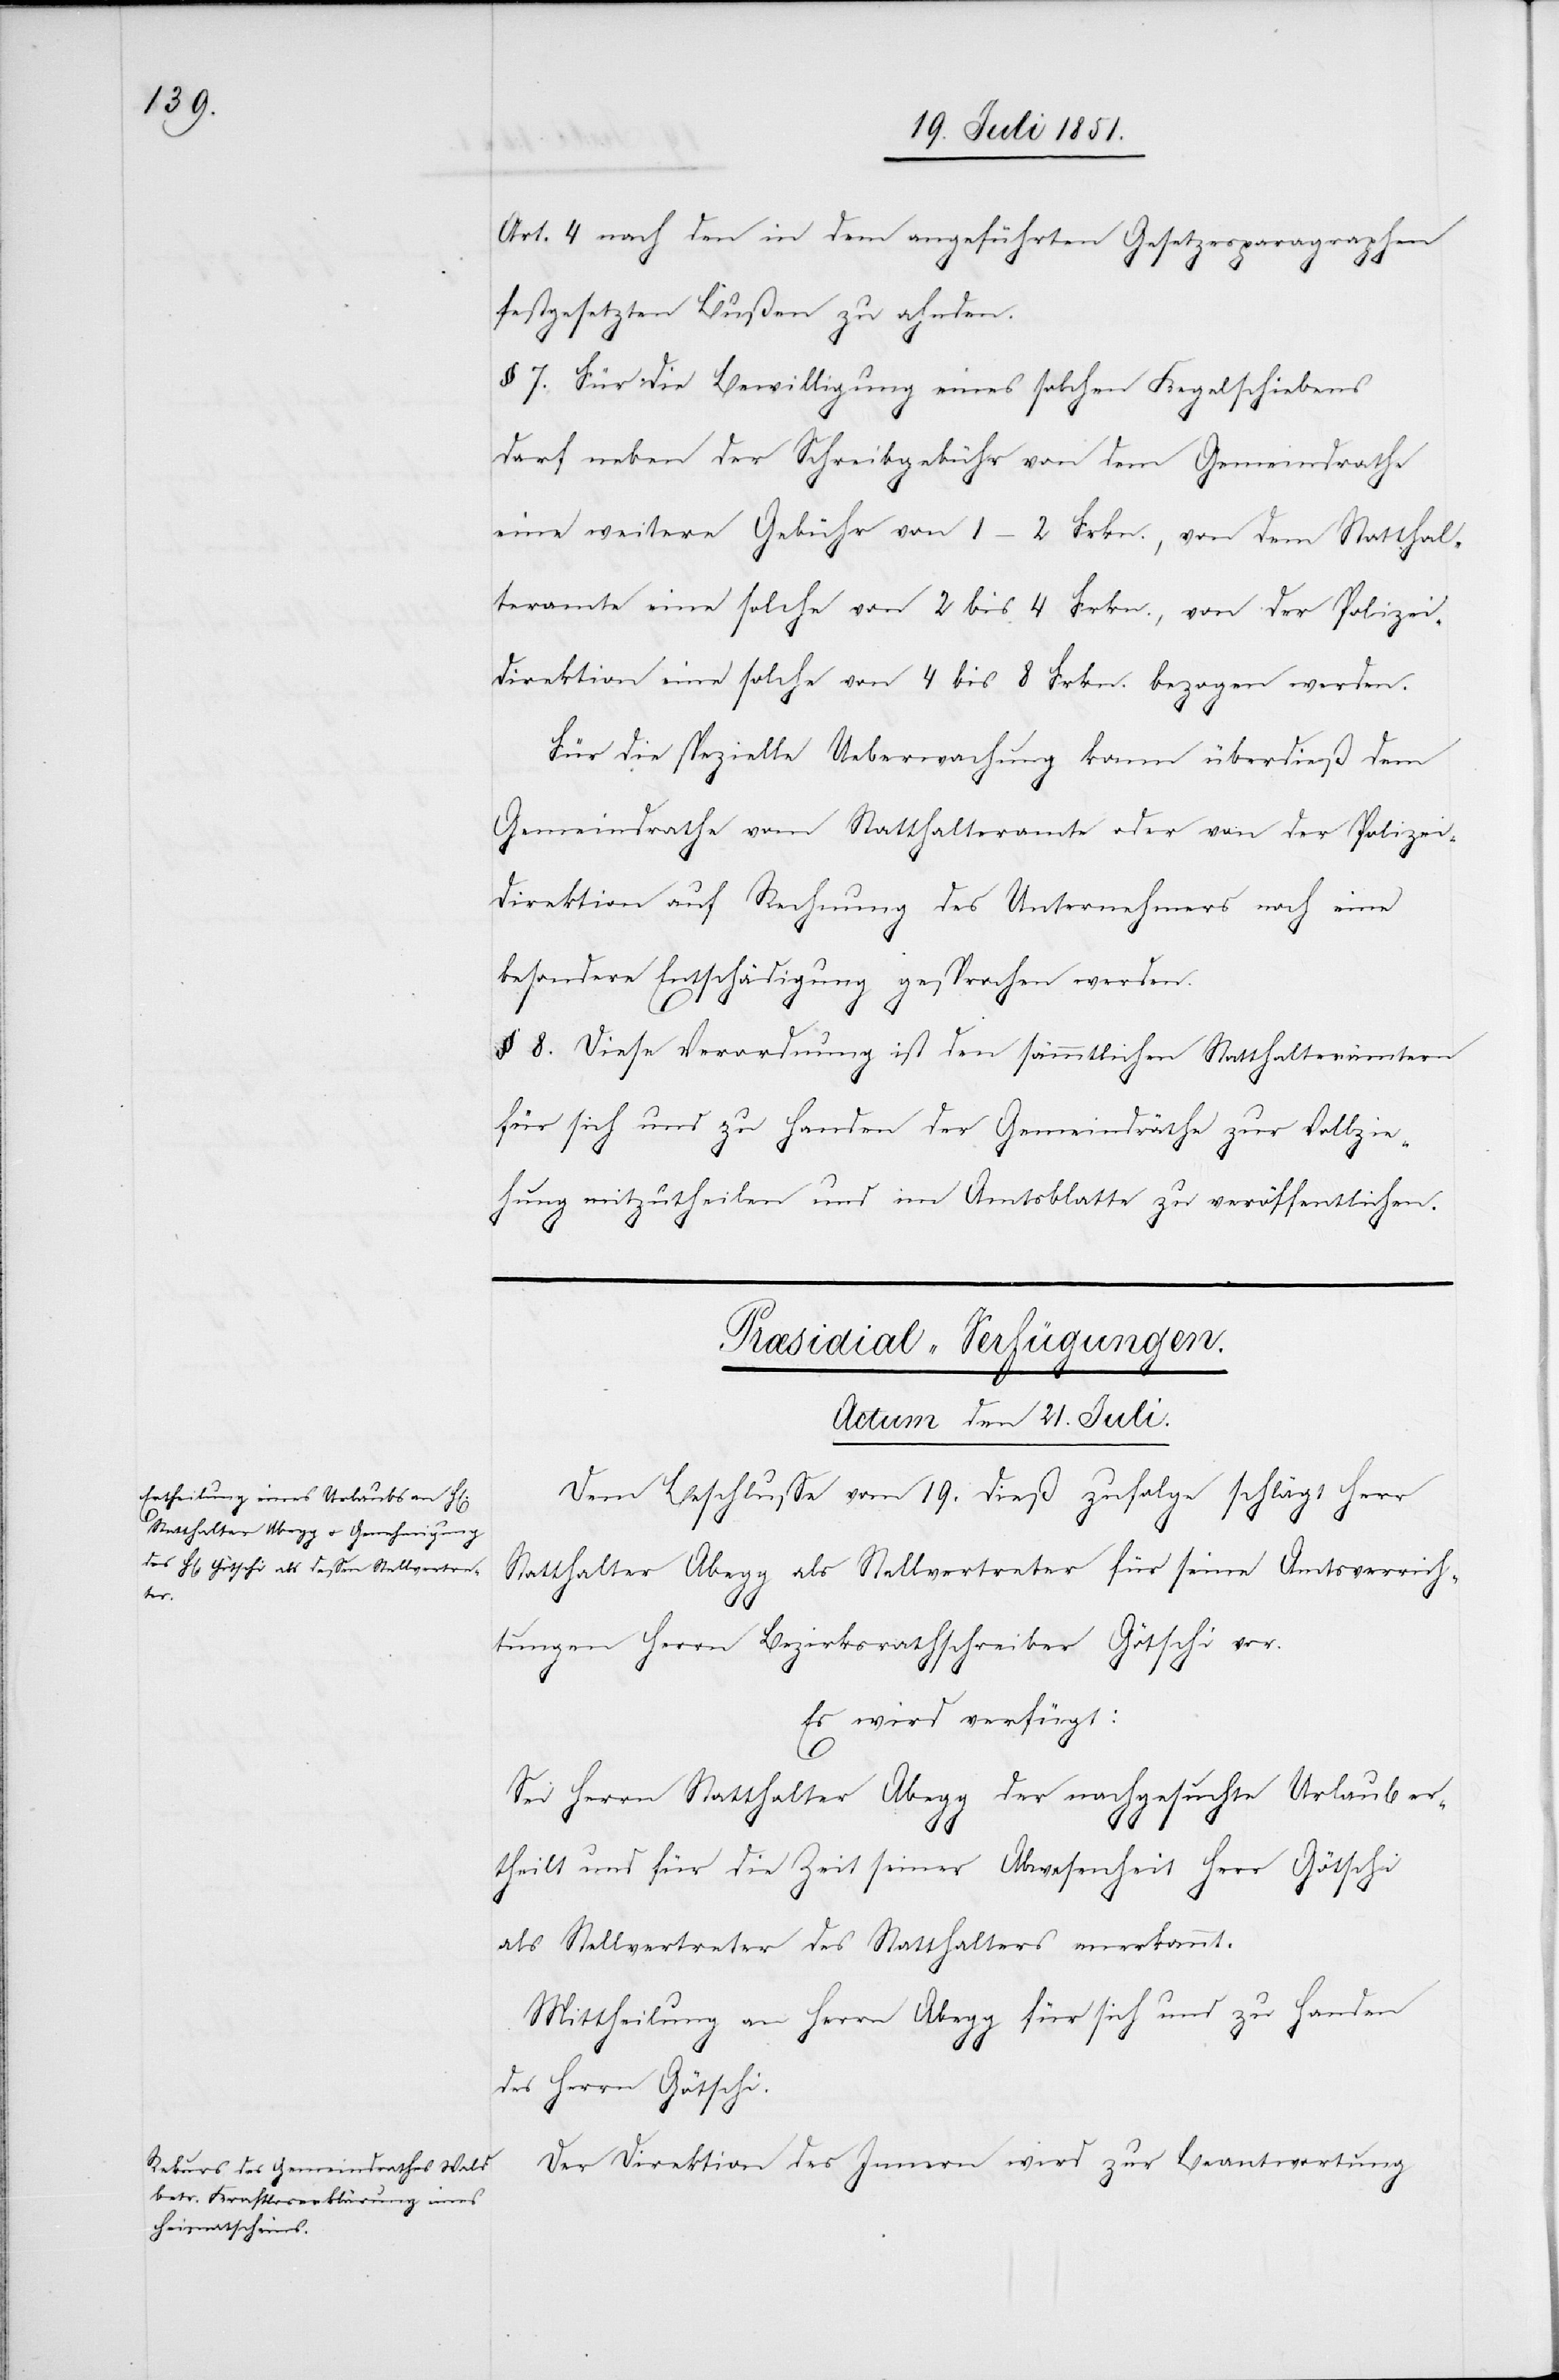
Art. 4 nach den in dem angeführten Gesetzesparagraphen
festgesetzten Bußen zu ahnden.
§ 7. Für die Bewilligung eines solchen Kegelschiebens
darf neben der Schreibgebühr von dem Gemeindrathe
eine weitere Gebühr von 1–2 Frkn., von dem Statthal¬
teramte eine solche von 2 bis 4 Frkn., von der Polizei¬
direktion eine solche von 4 bis 8 Frkn. bezogen werden.
Für die spezielle Ueberwachung kann überdieß dem
Gemeindrathe vom Statthalteramte oder von der Polizei¬
direktion auf Rechnung des Unternehmers noch eine
besondere Entschädigung gesprochen werden.
§ 8. Diese Verordnung ist den sämmtlichen Statthalterämtern
für sich und zu Handen der Gemeindräthe zur Vollzie¬
hung mitzutheilen und im Amtsblatte zu veröffentlichen.
[Præsidial-Verfügungen.
Actum den 21. Juli.]
Dem Beschlusse vom 19. dieß zufolge schlägt Herr
Statthalter Abegg als Stellvertreter für seine Amtsverrich¬
tungen Herrn Bezirksrathschreiber Götschi vor.
Es wird verfügt:
Sei Herrn Statthalter Abegg der nachgesuchte Urlaub er¬
theilt und für die Zeit seiner Abwesenheit Herr Götschi
als Stellvertreter des Statthalters anerkannt.
Mittheilung an Herrn Abegg für sich und zu Handen
des Herrn Götschi.
Der Direktion des Innern wird zur Beantwortung